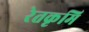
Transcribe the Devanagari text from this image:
रेतकृमि